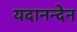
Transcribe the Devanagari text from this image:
यदानन्देन